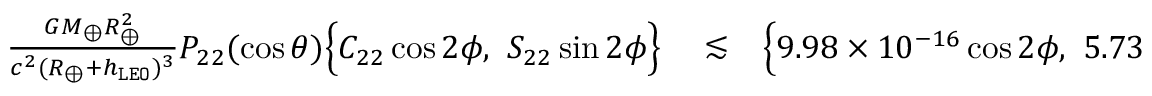
\begin{array} { r l r } { \frac { G M _ { \oplus } R _ { \oplus } ^ { 2 } } { c ^ { 2 } ( R _ { \oplus } + h _ { \tt L E O } ) ^ { 3 } } P _ { 2 2 } ( \cos \theta ) \Big \{ C _ { 2 2 } \cos 2 \phi , ~ S _ { 2 2 } \sin 2 \phi \Big \} } & { { } \lesssim } & { \Big \{ 9 . 9 8 \times 1 0 ^ { - 1 6 } \cos 2 \phi , ~ 5 . 7 3 \times 1 0 ^ { - 1 6 } \sin 2 \phi \Big \} . } \end{array}